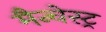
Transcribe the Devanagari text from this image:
मैन्चेस्ट्र